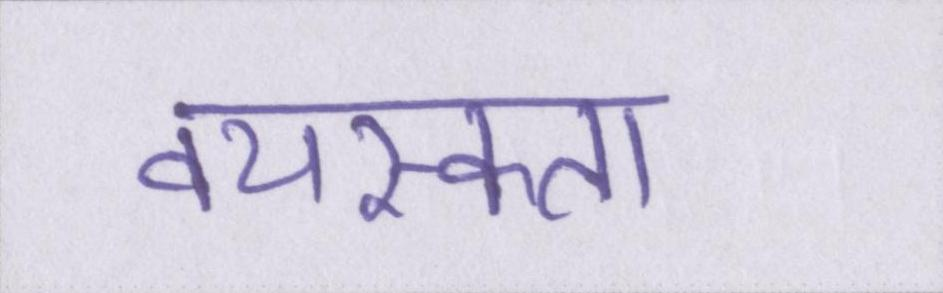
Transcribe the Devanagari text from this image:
वयस्कता